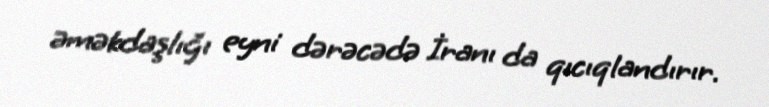
əməkdaşlığı eyni dərəcədə İranı da qıcıqlandırır.